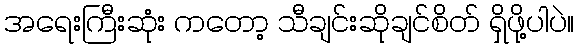
အရေးကြီးဆုံး ကတော့ သီချင်းဆိုချင်စိတ် ရှိဖို့ပါပဲ။